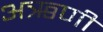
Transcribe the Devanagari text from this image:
अऋणी